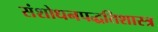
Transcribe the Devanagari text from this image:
संशोधनपद्धतिशास्त्र